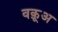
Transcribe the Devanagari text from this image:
वक़ूअ